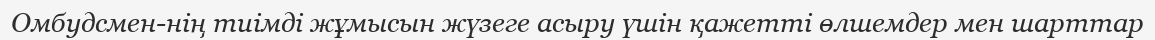
Омбудсмен­нің тиімді жұмысын жүзеге асыру үшін қажетті өлшемдер мен шарттар